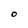
Character: O